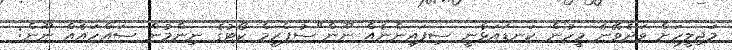
މަޖިލީހަށް ވަދެވޭނެ މީހުން ކަނޑައަޅާނީ ސިފައިންނެއް ނޫން"ސުޕްރީމް ކޯޓުގެ ނިންމުން ސައްހައެއް ނޫން: